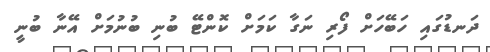
ދަނޑުގައި ހަބޭހަށް ފޯރި ނަގާ ކަމަށް ކޮންޓޭ ބުނި ބުނުމަށް އޭނާ ބުނީ